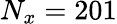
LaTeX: N_{x}=201